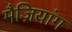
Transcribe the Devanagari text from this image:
मैज़ियांग